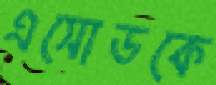
এসোডকে